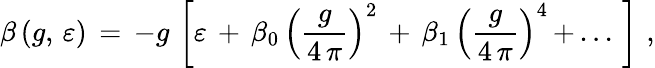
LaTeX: \beta\, (g,\, \varepsilon)\, =\, -g\, \left[\varepsilon\, +\, \beta_{0}\, \left(\frac{g}{4\, \pi}\right)^{2}\, +\, \beta_{1}\, \left(\frac{g}{4\, \pi}\right)^{4}\, +\, ...\, \right]\, \, ,